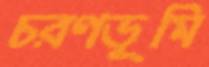
চরণভূমি